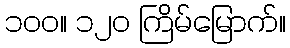
၁၀၀။ ၁၂၀ ကြိမ်မြောက်။